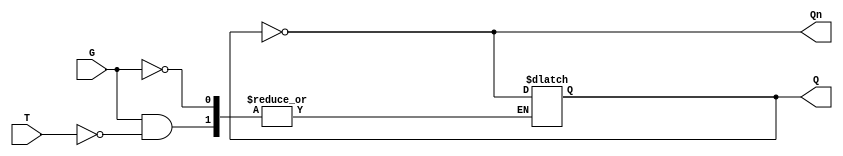
module gated_t_latch (
    input wire T,      // Toggle input
    input wire G,      // Gate signal
    output reg Q,      // Output Q
    output wire Qn     // Complement of Q
);

// Complement of Q
assign Qn = ~Q;

// Always block for the gated T latch functionality
always @(*) begin
    if (G) begin
        if (T) begin
            Q <= ~Q;  // Toggle the state
        end
        // If T is low, Q remains unchanged
    end
    // If G is low, Q remains unchanged
end

endmodule